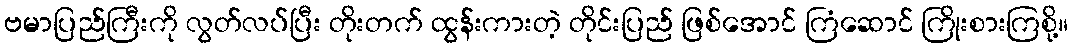
ဗမာပြည်ကြီးကို လွတ်လပ်ပြီး တိုးတက် ထွန်းကားတဲ့ တိုင်းပြည် ဖြစ်အောင် ကြံဆောင် ကြိုးစားကြစို့။